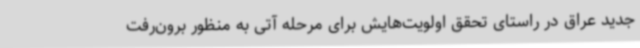
جدید عراق در راستای تحقق اولویت‌هایش برای مرحله آتی به منظور برون‌رفت